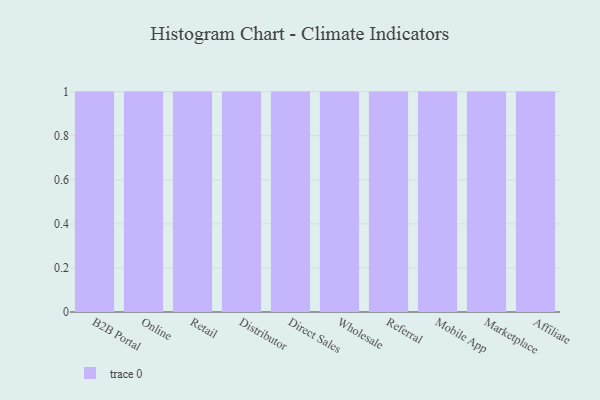
{"axis": {"x": "Channel", "y": "Gross Profit (USD K)"}, "legend": [""], "data": [{"x": "B2B Portal", "y": 66, "type": ""}, {"x": "Online", "y": 4, "type": ""}, {"x": "Retail", "y": 48, "type": ""}, {"x": "Distributor", "y": 52, "type": ""}, {"x": "Direct Sales", "y": 43, "type": ""}, {"x": "Wholesale", "y": 87, "type": ""}, {"x": "Referral", "y": 20, "type": ""}, {"x": "Mobile App", "y": 94, "type": ""}, {"x": "Marketplace", "y": 93, "type": ""}, {"x": "Affiliate", "y": 26, "type": ""}]}